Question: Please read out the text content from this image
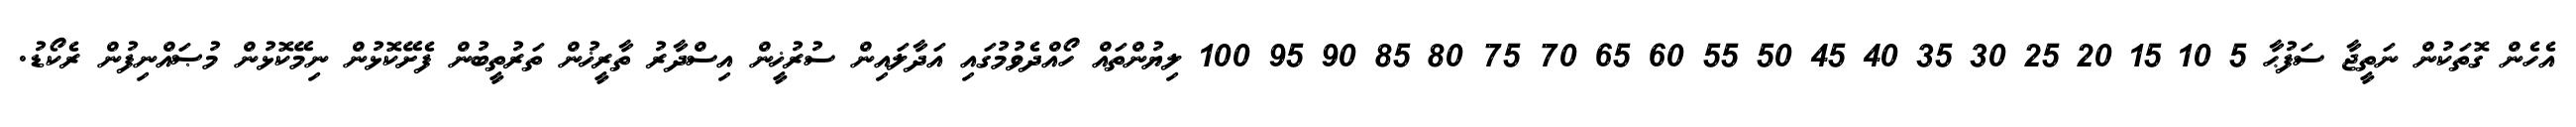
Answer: އެހެން ގޮތަކުން ނަތީޖާ ސަފުޙާ 5 10 15 20 25 30 35 40 45 50 55 60 65 70 75 80 85 90 95 100 ލިޔުންތައް ހޯއްދެވުމުގައި އަދާލައިން ސުރުޚީން އިސްދާރު ތާރީޚުން ތަރުތީބުން ފެށޭކޮޅުން ނިމޭކޮޅުން މުޞައްނިފުން ރެކޯޑު.